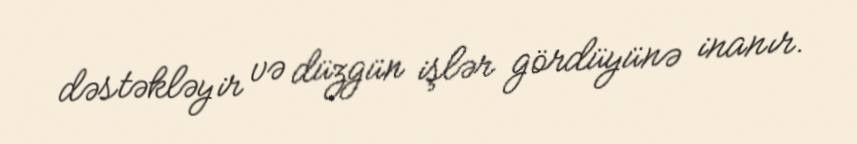
dəstəkləyir və düzgün işlər gördüyünə inanır.